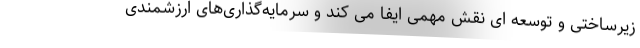
زیرساختی و توسعه ای نقش مهمی ایفا می کند و سرمایه‌گذاری‌های ارزشمندی